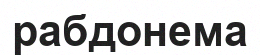
рабдонема